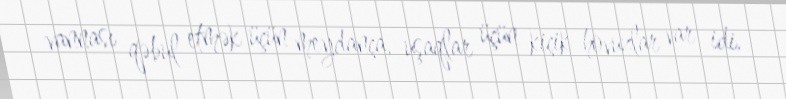
vannası qəbul etmək üçün meydança, uşaqlar üçün kiçik hovuzlar var idi.